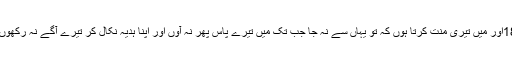
18اور مَیں تیری مِنّت کرتا ہُوں کہ تُو یہاں سے نہ جا جب تک مَیں تیرے پاس پِھر نہ آؤں اور اپنا ہدیہ نِکال کر تیرے آگے نہ رکُھُّوں ۔